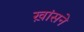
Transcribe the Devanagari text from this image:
ख़ांसने